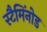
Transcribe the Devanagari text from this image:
स्टैमिंनोड